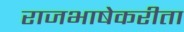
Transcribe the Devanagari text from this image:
राजभाषेकरीता